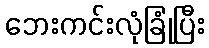
ဘေးကင်းလုံခြုံပြီး